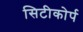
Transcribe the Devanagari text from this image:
सिटीकोर्प